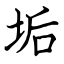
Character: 垢